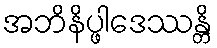
အဘိနိပ္ဖါဒေဿန္တိ